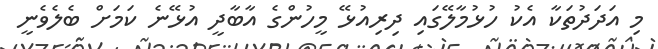
މި އަދަދުތަކާ އެކު ހުޅުމާލޭގައި ދިރިއުޅޭ މީހުންގެ އާބާދީ އުޅޭނެ ކަމަށް ބެލެވެނީ